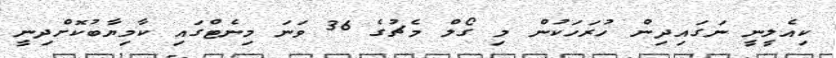
ކިއެލީނީ ނަގައިދިން ހުރަހަކުން މި ގޯލް މެޗުގެ 36 ވަނަ މިނެޓްގައި ކާމިޔާބުކޮށްދިނީ